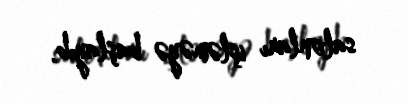
salonları işləməyə başlayıb.